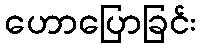
ဟောပြောခြင်း